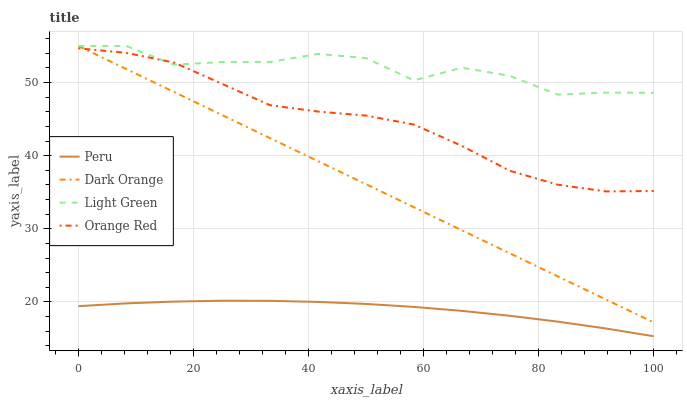
| xaxis_label | Peru | Dark Orange | Light Green | Orange Red |
 | --- | --- | --- | --- | --- |
 | 0 | 19.4 | 55 | 55 | 54.7 |
 | 8.33 | 19.8 | 51.8 | 55 | 54.1 |
 | 16.7 | 20.1 | 48.7 | 52.4 | 52.7 |
 | 25 | 20.2 | 45.5 | 52.8 | 49.8 |
 | 33.3 | 20.2 | 42.4 | 52.8 | 46.9 |
 | 41.7 | 20 | 39.2 | 53.9 | 46 |
 | 50 | 19.7 | 36.1 | 53.3 | 45.5 |
 | 58.3 | 19.3 | 32.9 | 50.3 | 44.3 |
 | 66.7 | 18.8 | 29.8 | 52 | 41.3 |
 | 75 | 18.1 | 26.6 | 50.9 | 37.9 |
 | 83.3 | 17.3 | 23.5 | 48.4 | 36 |
 | 91.7 | 16.4 | 20.3 | 48.6 | 35.1 |
 | 100 | 15.3 | 17.2 | 48.6 | 35.2 |